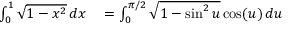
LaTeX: \begin{array} { r l } { \int _ { 0 } ^ { 1 } { \sqrt { 1 - x ^ { 2 } } } \, d x } & { { } = \int _ { 0 } ^ { \pi / 2 } { \sqrt { 1 - \sin ^ { 2 } u } } \cos ( u ) \, d u } \end{array}